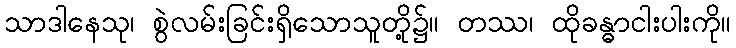
သာဒါနေသု၊ စွဲလမ်းခြင်းရှိသောသူတို့၌။ တဿ၊ ထိုခန္ဓာငါးပါးကို။